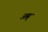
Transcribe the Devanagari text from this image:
अग्न्